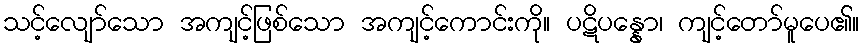
သင့်လျော်သော အကျင့်ဖြစ်သော အကျင့်ကောင်းကို။ ပဋိပန္နော၊ ကျင့်တော်မူပေ၏။